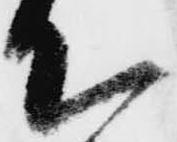
て